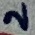
Text: 2